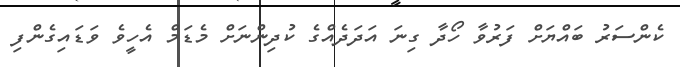
ކެންސަރު ބައްޔަށް ފަރުވާ ހޯދާ ގިނަ އަދަދެއްގެ ކުދިންނަށް މެޑަމް އެހީވެ ވަޑައިގެންފި